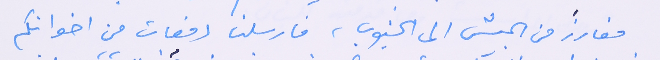
مفارزَ من الجيش الى الجنوب، فارسلنا دفعات من اخوانكم